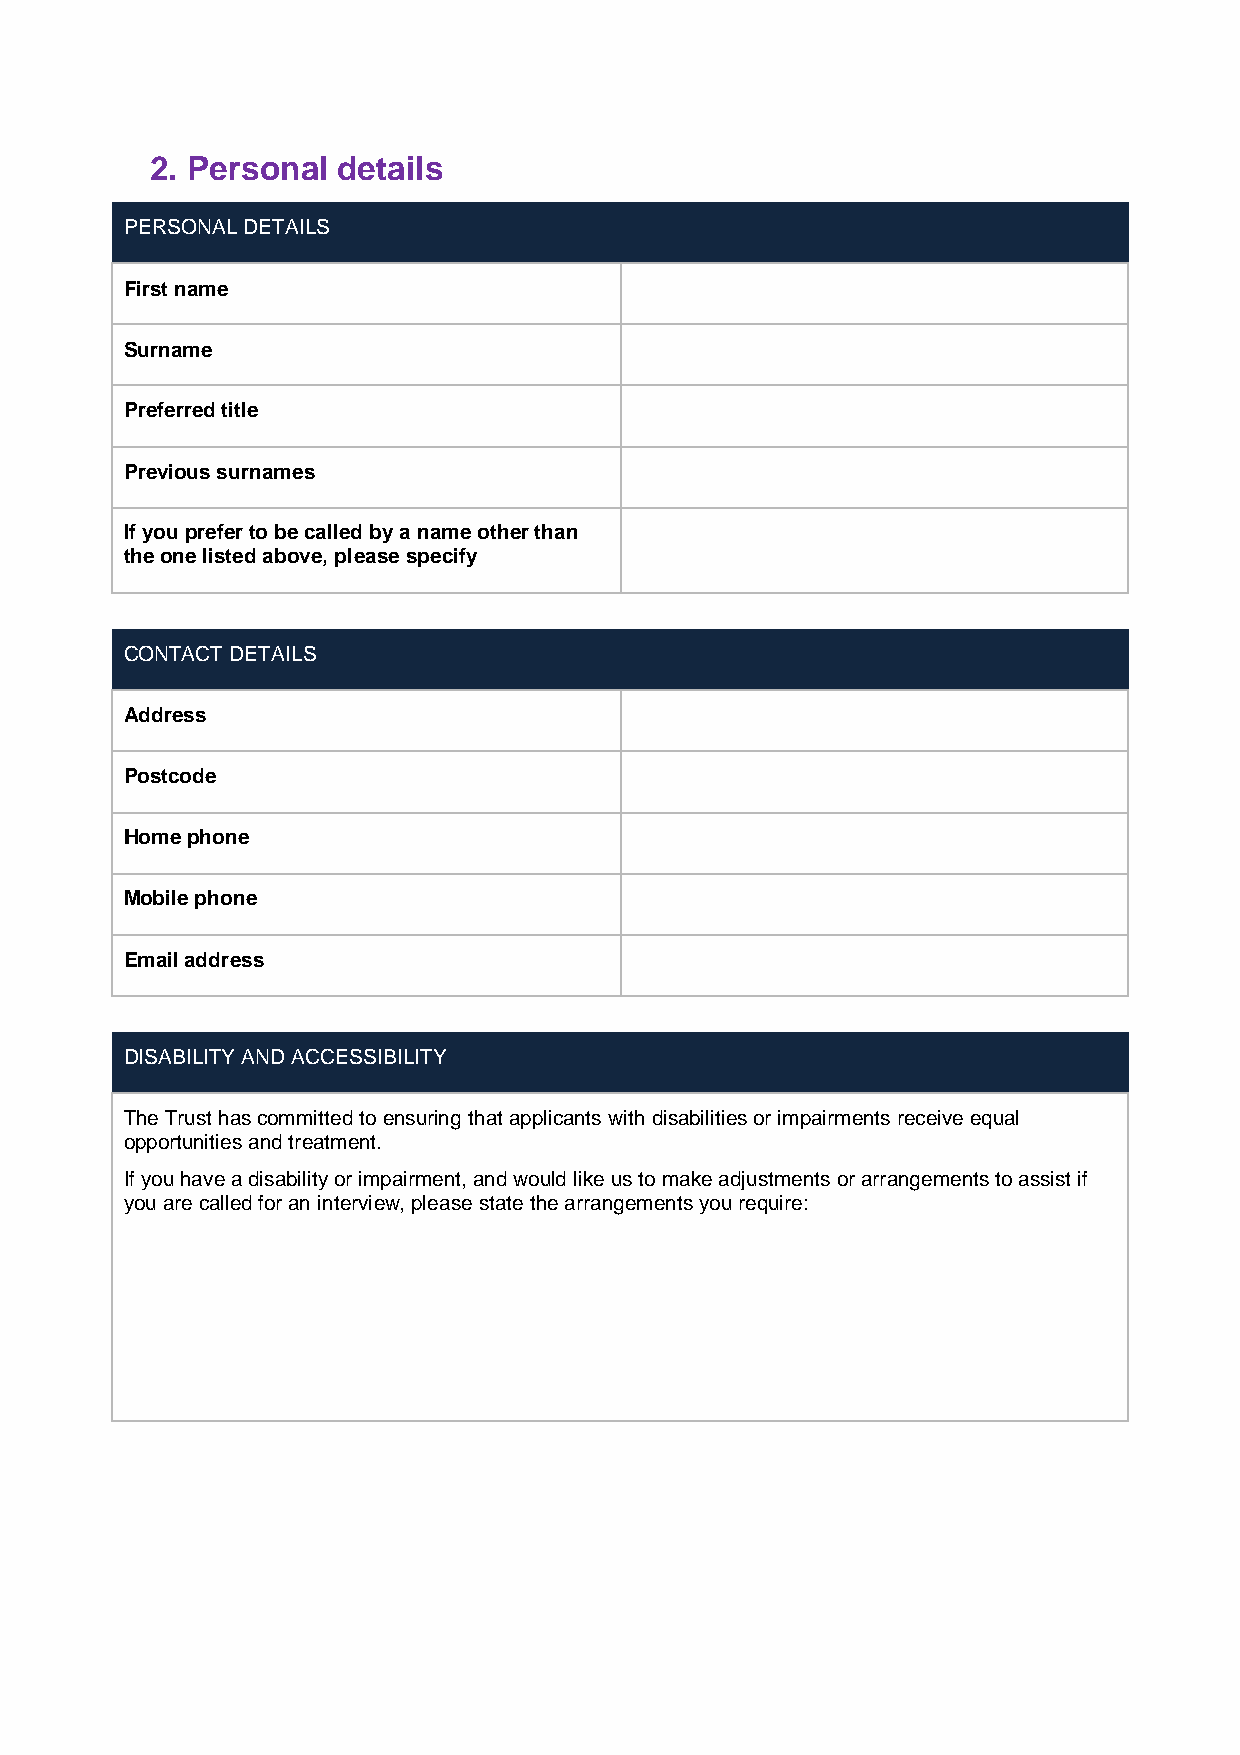
2. Personal details
 PERSONAL DETAILS
 First name
 Surname
 Preferred title
 Previous surnames
 If you prefer to be called by a name other than
 the one listed above, please specify
 CONTACT DETAILS
 Address
 Postcode
 Home phone
 Mobile phone
 Email address
 DISABILITY AND ACCESSIBILITY
 The Trust has committed to ensuring that applicants with disabilities or impairments receive equal
 opportunities and treatment.
 If you have a disability or impairment, and would like us to make adjustments or arrangements to assist if
 you are called for an interview, please state the arrangements you require: